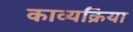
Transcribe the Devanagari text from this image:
काव्यक्रिया